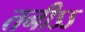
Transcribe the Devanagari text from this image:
तनीऽऽ